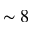
\sim 8